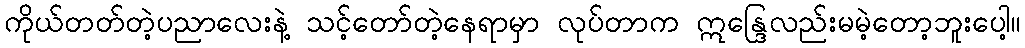
ကိုယ်တတ်တဲ့ပညာလေးနဲ့ သင့်တော်တဲ့နေရာမှာ လုပ်တာက ဣန္ဒြေလည်းမမဲ့တော့ဘူးပေါ့။